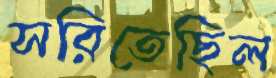
সরিতেছিল